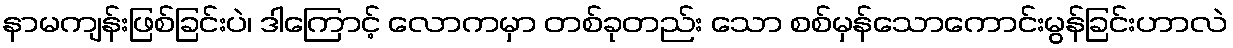
နာမကျန်းဖြစ်ခြင်းပဲ၊ ဒါကြောင့် လောကမှာ တစ်ခုတည်း သော စစ်မှန်သောကောင်းမွန်ခြင်းဟာလဲ